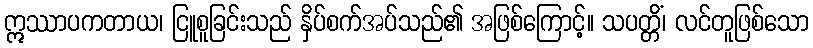
ဣဿာပကတာယ၊ ငြူစူခြင်းသည် နှိပ်စက်အပ်သည်၏ အဖြစ်ကြောင့်။ သပတ္တိံ၊ လင်တူဖြစ်သော